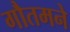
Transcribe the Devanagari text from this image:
गौतमने